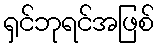
ရှင်ဘုရင်အဖြစ်